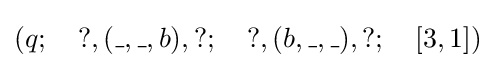
(q;~~~?,(\_,\_,b),?;~~~?,(b,\_,\_),?;~~~[3,1])